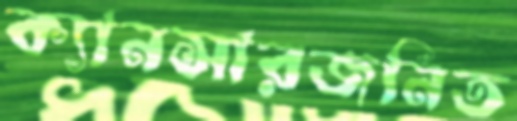
ক্যানসারজনিত